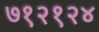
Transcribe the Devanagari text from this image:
७१२१२४